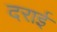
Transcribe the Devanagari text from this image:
दराई